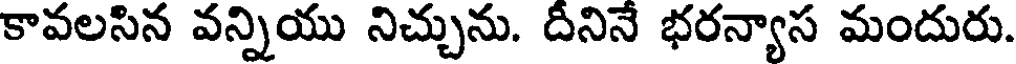
కావలసిన వన్నియు నిచ్చును. దీనినే భరన్యాస మందురు.